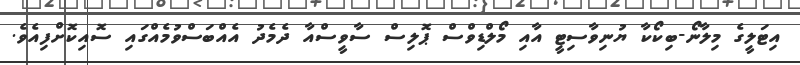
އިޓަލީގެ މިލާނޯ-ބިކޯކާ ޔުނިވާސިޓީ އާއި މޯލްޑިވްސް ޕޮލިސް ސާވީސްއާ ދެމެދު އެއްބަސްވުމެއްގައި ސޮއިކޮށްފިއެވެ.